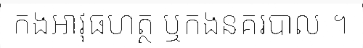
កងអាវុធហត្ថ ឬកងនគរបាល ។